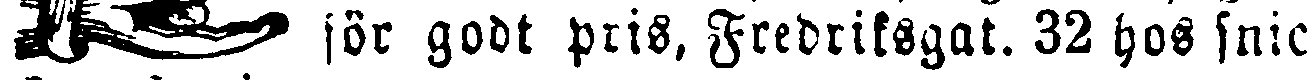
för godt pris, Fredriksgat. 32 hos snic